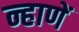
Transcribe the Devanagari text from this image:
न्हाणें